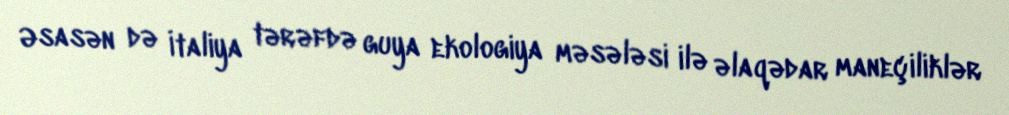
Əsasən də İtaliya tərəfdə guya ekologiya məsələsi ilə əlaqədar maneçiliklər